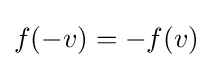
f(-v)=-f(v)